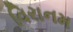
વિરાનમ